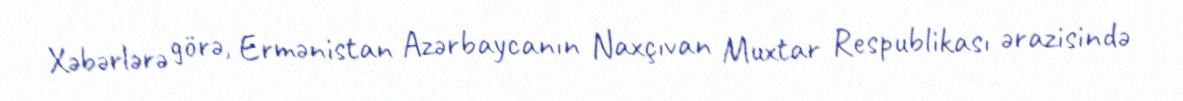
Xəbərlərə görə, Ermənistan Azərbaycanın Naxçıvan Muxtar Respublikası ərazisində